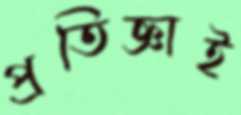
প্রতিজ্ঞাই